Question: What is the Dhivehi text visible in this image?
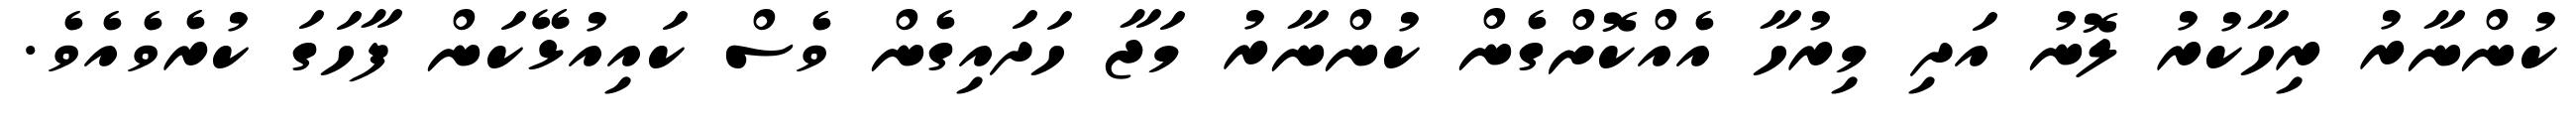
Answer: ކުންނާރު ރިހާކުރު ލޮނު އަދި މިރުހާ އެއްކޮށްގެން ކުންނާރު މަޖާ ހަދައިގެން ވެސް ކައިއުޅޭކަން ފާހަގަ ކުރެވެއެވެ.